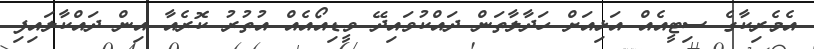
އެމެރިކާގެ ސިޓީއެއް އަޅިއަށް ހަދާލާތަން ދައްކުވައިދޭ ވީޑިއޯއެއް އުތުރު ކޮރެއާ އިން ދައްކާލައިފި